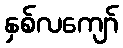
နှစ်လကျော်